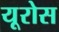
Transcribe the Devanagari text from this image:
यूरोस